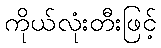
ကိုယ်လုံးတီးဖြင့်